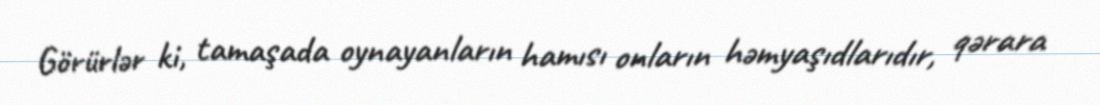
Görürlər ki, tamaşada oynayanların hamısı onların həmyaşıdlarıdır, qərara